Insane asylums in Bengal annual reports 1876-1887 - 1876-1887
Year: 1876
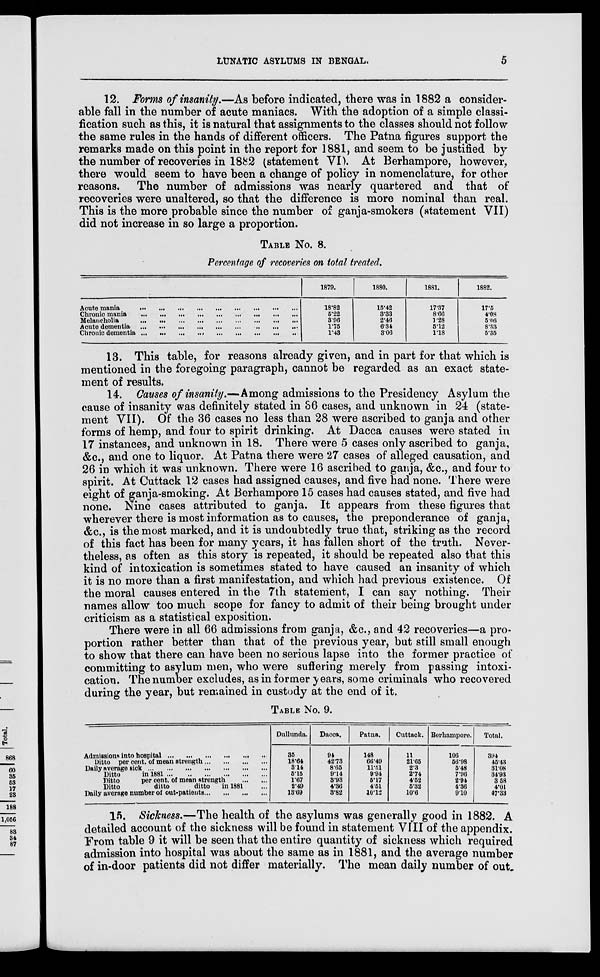
LUNATIC ASYLUMS IN BENGAL.
5
12. Forms of insanity.—As before indicated, there was in 1882 a consider-
able fall in the number of acute maniacs. With the adoption of a simple classi-
fication such as this, it is natural that assignments to the classes should not follow
the same rules in the hands of different officers. The Patna figures support the
remarks made on this point in the report for 1881, and seem to be justified by
the number of recoveries in 1882 (statement VI). At Berhampore, however,
there would seem to have been a change of policy in nomenclature, for other
reasons. The number of admissions was nearly quartered and that of
recoveries were unaltered, so that the difference is more nominal than real.
This is the more probable since the number of ganja-smokers (statement VII)
did not increase in so large a proportion.
TABLE No. 8.
Percentage of recoveries on total treated.
Acute mania
...
...
...
...
...
...
...
...
...
Chronic mania ... ... ... ... ... ... ... ... ...
Melancholia
...
...
...
...
...
...
...
...
...
Acute dementia
...
...
...
...
...
...
...
...
...
Chronic dementia ... ... ... ... ... ... ... ... ...
1879.
18.82
5.22
3.96
1.75
1.43
1880.
15.42
3.33
2.46
6.34
3.06
1881.
17.37
8.66
1.28
5.12
1.18
1882.
17.5
4.08
5.06
8.33
5.35
13. This table, for reasons already given, and in part for that which is
mentioned in the foregoing paragraph, cannot be regarded as an exact state-
ment of results.
14. Causes of insanity.—Among admissions to the Presidency Asylum the
cause of insanity was definitely stated in 36 cases, and unknown in 24 (state-
ment VII). Of the 36 cases no less than 28 were ascribed to ganja and other
forms of hemp, and four to spirit drinking. At Dacca causes were stated in
17 instances, and unknown in 18. There were 5 cases only ascribed to ganja,
&c., and one to liquor. At Patna there were 27 cases of alleged causation, and
26 in which it was unknown. There were 16 ascribed to ganja, &c., and four to
spirit. At Cuttack 12 cases had assigned causes, and five had none. There were
eight of ganja-smoking. At Berhampore 15 cases had causes stated, and five had
none. Nine cases attributed to ganja. It appears from these figures that
wherever there is most information as to causes, the preponderance of ganja,
&c., is the most marked, and it is undoubtedly true that, striking as the record
of this fact has been for many years, it has fallen short of the truth. Never-
theless, as often as this story is repeated, it should be repeated also that this
kind of intoxication is sometimes stated to have caused an insanity of which
it is no more than a first manifestation, and which had previous existence. Of
the moral causes entered in the 7th statement, I can say nothing. Their
names allow too much scope for fancy to admit of their being brought under
criticism as a statistical exposition.
There were in all 66 admissions from ganja, &c., and 42 recoveries—a pro-
portion rather better than that of the previous year, but still small enough
to show that there can have been no serious lapse into the former practice of
committing to asylum men, who were suffering merely from passing intoxi-
cation. The number excludes, as in former years, some criminals who recovered
during the year, but remained in custody at the end of it.
TABLE No. 9.
Admissions into hospital
...
...
...
...
...
...
Ditto per cent. of mean strength
...
...
...
...
Daily average sick
...
...
...
...
...
...
...
Ditto
in 1881
...
...
...
...
...
...
Ditto
per cent. of mean strength ... ...
Ditto
ditto
ditto
in 1881 ...
Daily average number of out-patients
...
...
...
...
Dullunda.
35
18.64
3.14
5.15
1.67
2.49
13.69
Dacca.
94
42.73
8.65
9.14
3.93
4.36
3.82
Patna.
148
66.49
11.51
9.94
6.17
4.51
10.12
Cuttack.
11
21.65
2.3
2.74
4.52
5.32
10.6
Berhampore.
106
56.98
5.48
7.96
2.94
4.36
9.10
Total.
394
45.43
31.08
34.93
3.58
4.01
47.33
15. Sickness.—The health of the asylums was generally good in 1882. A
detailed account of the sickness will be found in statement VIII of the appendix.
From table 9 it will be seen that the entire quantity of sickness which required
admission into hospital was about the same as in 1881, and the average number
of in-door patients did not differ materially. The mean daily number of out.